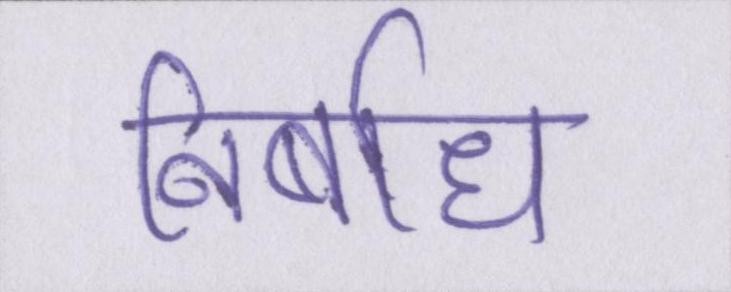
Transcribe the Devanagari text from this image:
निर्बाध